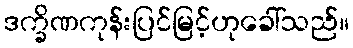
ဒက္ခိဏကုန်းပြင်မြင့်ဟုခေါ်သည်။